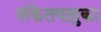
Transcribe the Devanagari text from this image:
संकेतपादुका